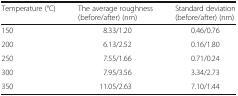
<table><thead><tr><td><b>Temperature (°C)</b></td><td><b>The average roughness (before/after) (nm)</b></td><td><b>Standard deviation (before/after) (nm)</b></td></tr></thead><tbody><tr><td>150</td><td>8.33/1.20</td><td>0.46/0.76</td></tr><tr><td>200</td><td>6.13/2.52</td><td>0.16/1.80</td></tr><tr><td>250</td><td>7.55/1.66</td><td>0.71/0.24</td></tr><tr><td>300</td><td>7.95/3.56</td><td>3.34/2.73</td></tr><tr><td>350</td><td>11.05/2.63</td><td>7.10/1.44</td></tr></tbody></table>